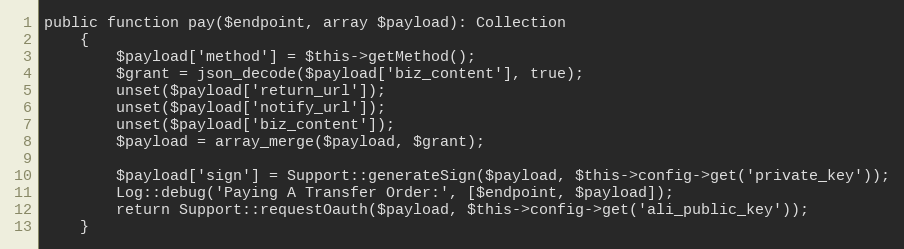
Language: PHP
public function pay($endpoint, array $payload): Collection
    {
        $payload['method'] = $this->getMethod();
        $grant = json_decode($payload['biz_content'], true);
		unset($payload['return_url']);
		unset($payload['notify_url']);
		unset($payload['biz_content']);
		$payload = array_merge($payload, $grant);

        $payload['sign'] = Support::generateSign($payload, $this->config->get('private_key'));
        Log::debug('Paying A Transfer Order:', [$endpoint, $payload]);
        return Support::requestOauth($payload, $this->config->get('ali_public_key'));
    }